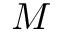
M